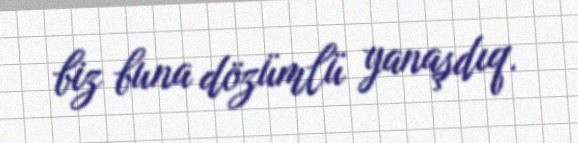
biz buna dözümlü yanaşdıq.